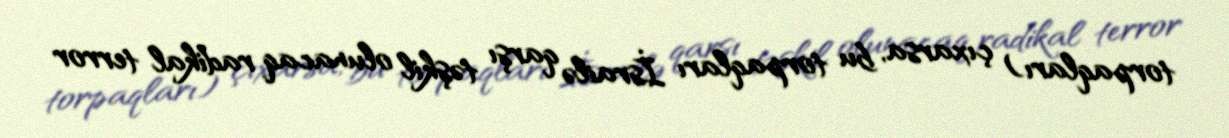
torpaqları) çıxarsa, bu torpaqları İsrailə qarşı təşkil olunacaq radikal terror